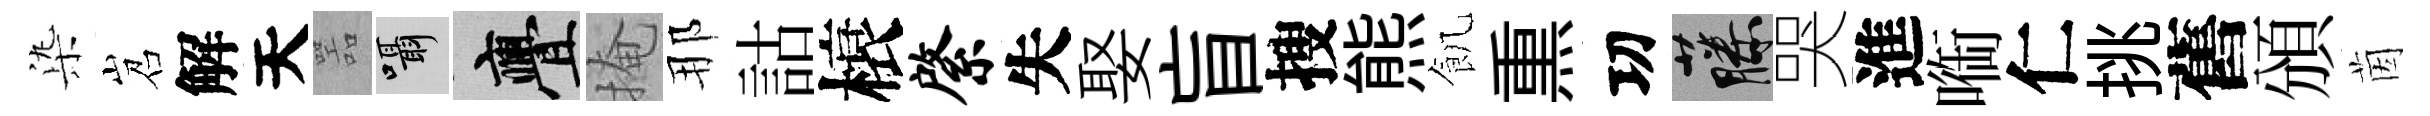
𣑱岧解天噐囁亹掩那詁榱綮失娶盲搜熊飢𤋱㓛藤哭進㗸仁挑舊頒茵